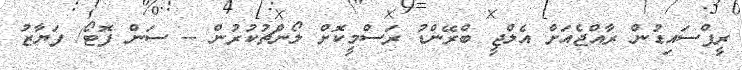
ރީފްސައިޑުން ރާއްޖެއަށް އެލްޖީ ބްރޭންޑު ރަސްމީކޮށް ލޯންޗުކުރުން -- ސަން ފޮޓޯ/ ފަޔާޒު